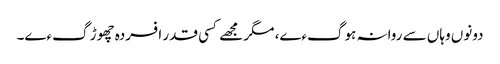
دونوں وہاں سے روانہ ہوگءے، مگر مجھے کسی قدر افسردہ چھوڑ گءے۔